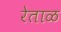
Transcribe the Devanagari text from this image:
रेताळ